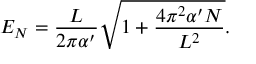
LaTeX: E _ { N } = \frac { L } { 2 \pi \alpha ^ { \prime } } \sqrt { 1 + \frac { 4 \pi ^ { 2 } \alpha ^ { \prime } N } { L ^ { 2 } } } .